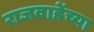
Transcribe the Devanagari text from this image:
राजवाडेंच्या